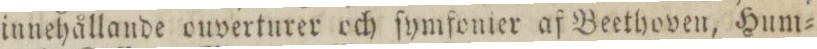
innehållande ouverturer och ſymfonier af Beethoven, Hum=